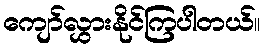
ကျော်လွှားနိုင်ကြပါတယ်။